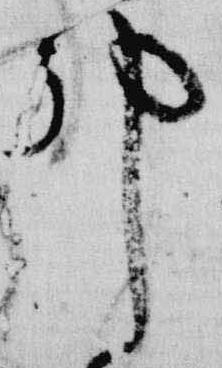
邦